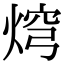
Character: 焪